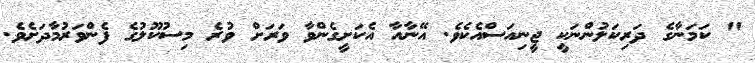
" ކަމަނާގެ ދަރިކަލުންނަކީ ޖީނިއަސްއެކެވެ. އޭނާއާ އެކަށީގެންވާ ވަރަށް ވުރެ މިސުކޫލުގެ ފެންވަރުމާދަށެވެ.